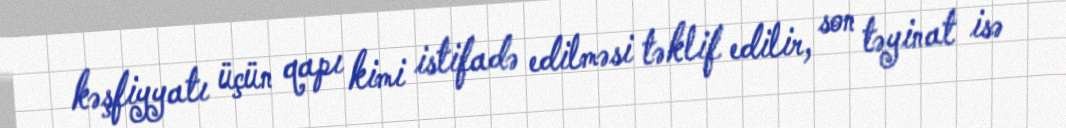
kəşfiyyatı üçün qapı kimi istifadə edilməsi təklif edilir, son təyinat isə